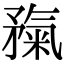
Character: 𥎃